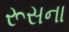
રૂસના